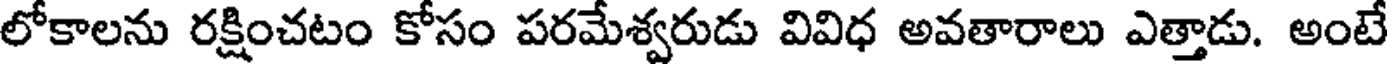
లోకాలను రక్షించటం కోసం పరమేశ్వరుడు వివిధ అవతారాలు ఎత్తాడు. అంటే